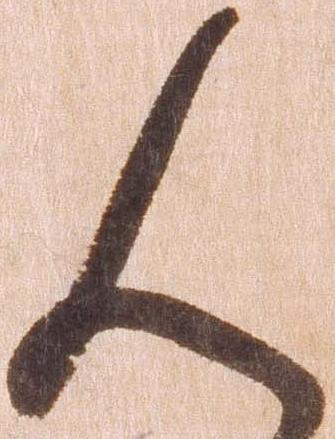
人